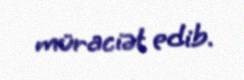
müraciət edib.